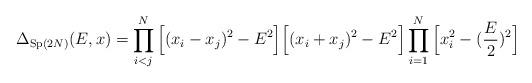
LaTeX: \begin{align*}\Delta_{{\rm Sp}(2N)}(E,x)=\prod_{i<j}^N\Big[(x_i-x_j)^2-E^2\Big] \Big[(x_i+x_j)^2-E^2\Big]\prod_{i=1}^N \Big[x_i^2-(\frac{E}{2})^2 \Big]\end{align*}